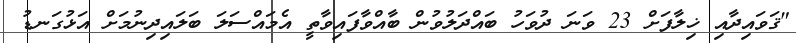
"ޤަވައިދާއި ޚިލާފަށް 23 ވަނަ ދުވަހު ބައްދަލުވުން ބާއްވާފައިވާތީ އެމައްސަލަ ބަލައިދިނުމަށް އަޅުގަނޑު